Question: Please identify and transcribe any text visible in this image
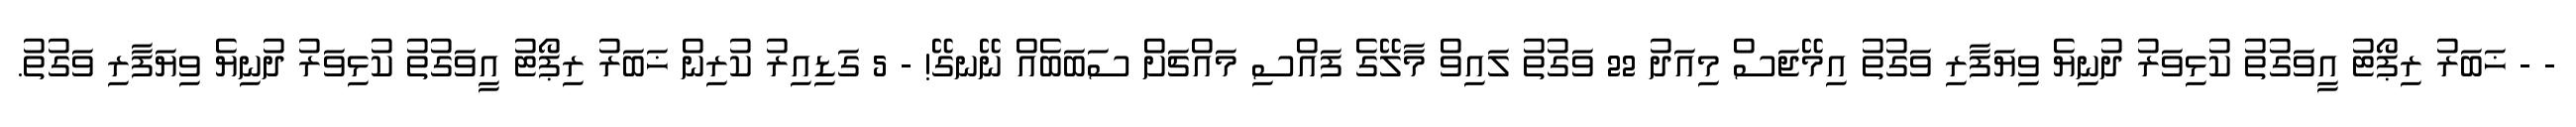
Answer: - - ޚަބަރު ރިޕޯޓު އީވަގުތު ކުޅިވަރު ދުނިޔެ ވިޔަފާރި ވަގުތު އިމޭޖަސް މިއަދު 22 ވަގުތު ލައިވް މާލޭގެ ފައްސި މައްޗަށް ސަބަބެއް ނޭނގޭ! - 5 ގަޑިއިރު ކުރިން ޚަބަރު ރިޕޯޓު އީވަގުތު ކުޅިވަރު ދުނިޔެ ވިޔަފާރި ވަގުތު.